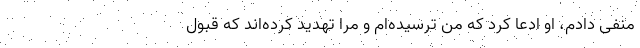
منفی دادم، او ادعا کرد که من ترسیده‌ام و مرا تهدید کرده‌اند که قبول